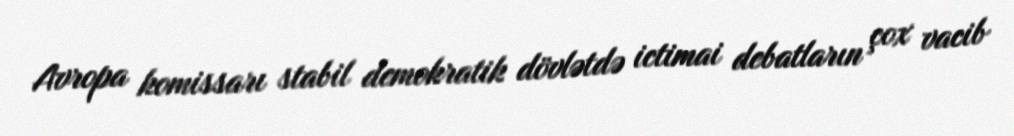
Avropa komissarı stabil demokratik dövlətdə ictimai debatların çox vacib